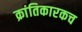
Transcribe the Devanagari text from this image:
क्रांतिकारकच